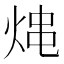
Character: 𤉈